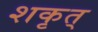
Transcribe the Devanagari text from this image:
शकृत्